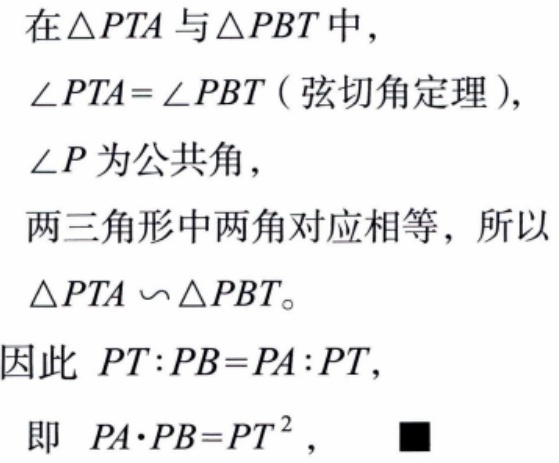
在$\triangle PTA$与$\triangle PBT$中，
$\angle PTA = \angle PBT$（弦切角定理），
$\angle P$为公共角，
两三角形中两角对应相等，所以
$\triangle PTA\sim\triangle PBT$。
因此 $PT:PB = PA:PT$，
即 $PA\cdot PB = PT^{2}$，$\blacksquare$